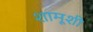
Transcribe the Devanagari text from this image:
शामूशी